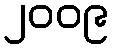
၂၀၀၉